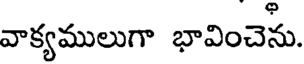
వాక్యములుగా భావించెను.